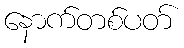
နောက်တစ်ပတ်